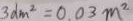
3 d m ^ { 2 } = 0 . 0 3 m ^ { 2 }